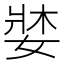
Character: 𡞓